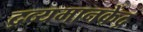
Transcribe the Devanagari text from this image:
द्रव्यमानकेंद्र